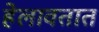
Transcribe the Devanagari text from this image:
हेलावतात